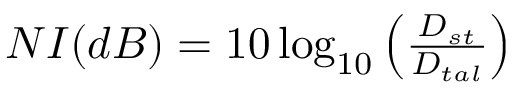
\begin{array} { r } { N I ( d B ) = 1 0 \log _ { 1 0 } \left( \frac { D _ { s t } } { D _ { t a l } } \right) } \end{array}